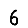
Digit: 6